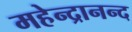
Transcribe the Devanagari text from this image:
महेन्द्रानन्द